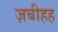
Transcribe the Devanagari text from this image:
ज़बीहह